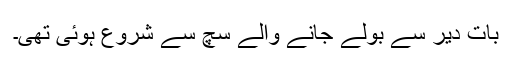
بات دیر سے بولے جانے والے سچ سے شروع ہوئی تھی۔